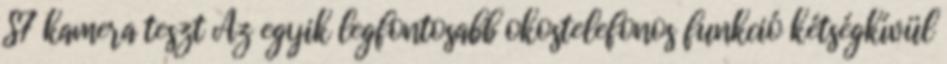
S7 kamera teszt Az egyik legfontosabb okostelefonos funkció kétségkívül